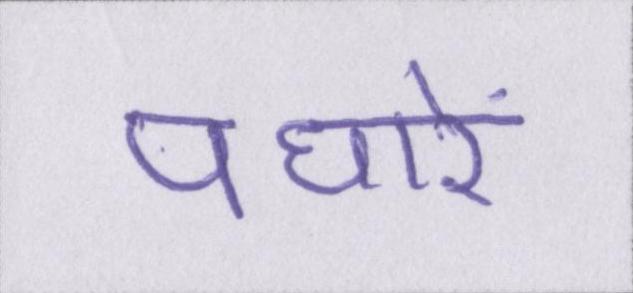
पधारें